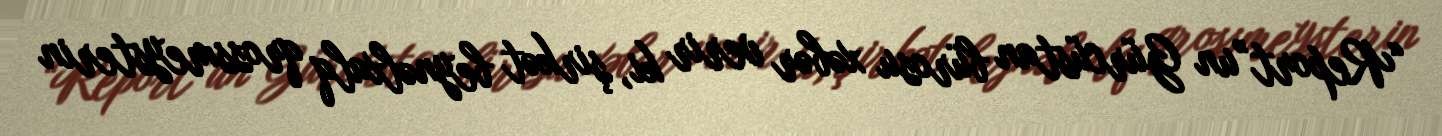
“Report”un Gürcüstan bürosu xəbər verir ki, şirkət beynəlxalq qrossmeysterin